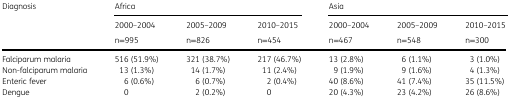
<table><thead><tr><td><b>Diagnosis</b></td><td colspan="3"><b>Africa</b></td><td colspan="3"><b>Asia</b></td></tr><tr><td rowspan="2"></td><td><b>2000–2004</b></td><td><b>2005–2009</b></td><td><b>2010–2015</b></td><td><b>2000–2004</b></td><td><b>2005–2009</b></td><td><b>2010–2015</b></td></tr><tr><td><b>n=995</b></td><td><b>n=826</b></td><td><b>n=454</b></td><td><b>n=467</b></td><td><b>n=548</b></td><td><b>n=300</b></td></tr></thead><tbody><tr><td>Falciparum malaria</td><td>516 (51.9%)</td><td>321 (38.7%)</td><td>217 (46.7%)</td><td>13 (2.8%)</td><td>6 (1.1%)</td><td>3 (1.0%)</td></tr><tr><td>Non-falciparum malaria</td><td>13 (1.3%)</td><td>14 (1.7%)</td><td>11 (2.4%)</td><td>9 (1.9%)</td><td>9 (1.6%)</td><td>4 (1.3%)</td></tr><tr><td>Enteric fever</td><td>6 (0.6%)</td><td>6 (0.7%)</td><td>2 (0.4%)</td><td>40 (8.6%)</td><td>41 (7.4%)</td><td>35 (11.5%)</td></tr><tr><td>Dengue</td><td>0</td><td>2 (0.2%)</td><td>0</td><td>20 (4.3%)</td><td>23 (4.2%)</td><td>26 (8.6%)</td></tr></tbody></table>